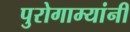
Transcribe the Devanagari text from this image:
पुरोगाम्यांनी